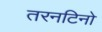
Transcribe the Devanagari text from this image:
तरनटिनो